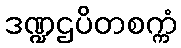
ဒဏ္ဍဌပိတစက္ကံ